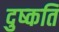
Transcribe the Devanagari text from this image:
दुष्‍कति